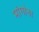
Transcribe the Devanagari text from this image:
मांगांना